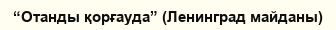
“Отанды қорғауда” (Ленинград майданы)